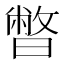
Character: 暼